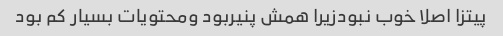
پیتزا اصلا خوب نبودزیرا همش پنیربود ومحتویات بسیار کم بود